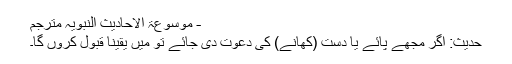
- موسوعۃ الاحادیث النبویہ مترجم
حدیث: اگر مجھے پائے یا دست (کھانے) کی دعوت دی جائے تو میں یقیناً قبول کروں گا۔